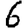
Digit: 6